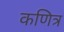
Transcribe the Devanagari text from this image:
कणित्र